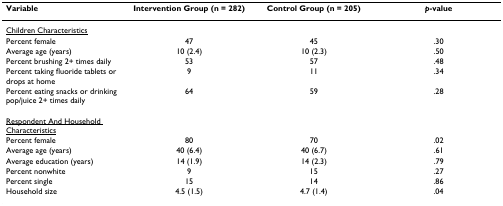
| Variable | Intervention Group (n = 282) | Control Group (n = 205) | p-value |
 | --- | --- | --- | --- |
 | <underline>Children Characteristics</underline> |  |  |  |
 | Percent female | 47 | 45 | .30 |
 | Average age (years) | 10 (2.4) | 10 (2.3) | .50 |
 | Percent brushing 2+ times daily | 53 | 57 | .48 |
 | Percent taking fluoride tablets or drops at home | 9 | 11 | .34 |
 | Percent eating snacks or drinking pop/juice 2+ times daily | 64 | 59 | .28 |
 | <underline>Respondent And Household Characteristics</underline> |  |  |  |
 | Percent female | 80 | 70 | .02 |
 | Average age (years) | 40 (6.4) | 40 (6.7) | .61 |
 | Average education (years) | 14 (1.9) | 14 (2.3) | .79 |
 | Percent nonwhite | 9 | 15 | .27 |
 | Percent single | 15 | 14 | .86 |
 | Household size | 4.5 (1.5) | 4.7 (1.4) | .04 |